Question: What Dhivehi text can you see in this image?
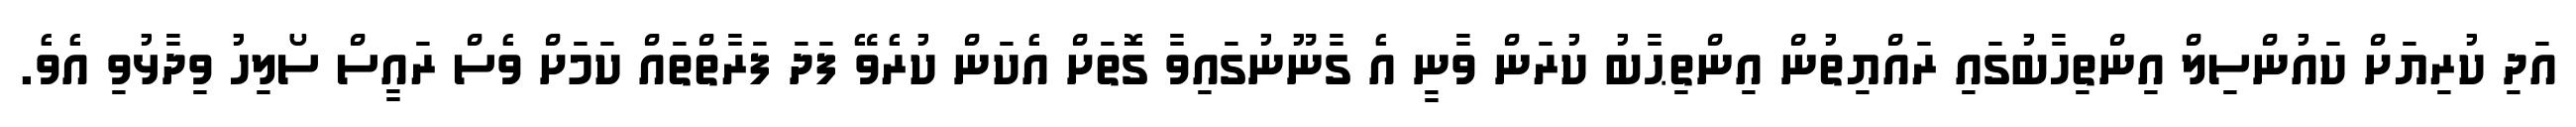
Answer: އަދި ކުރިޔަށް ކައުންސިލް އިންތިހާބުގައި ރައްޔިތުން އިންތިޙާބު ކުރަން ވާނީ އެ ގާނޫނުގައިވާ ގޮތަށް އެކަން ކުރެވޭ ފަދަ ފަރާތްތައް ކަމަށް ވެސް ރައީސް ސޯލިހު ވިދާޅުވި އެވެ.